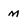
Character: M